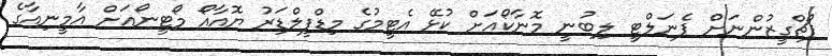
ޕޯޗްގީޒުންނަށް ޕެނަލްޓީ ލިބުނީ މޮނާކޯއަށް ކުޅޭ އެޓީމުގެ މިޑްފީލްޑަރު ޔޮއާއޯ މޯޓީނޯއަށް އާމީނިއާގެ